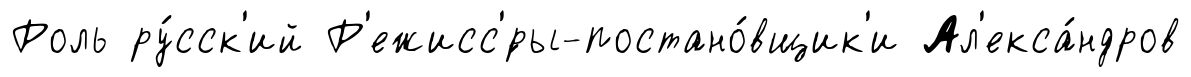
Роль ру́сск'ий Р'ежисс'́ры-постано́вщик'и Ал'екса́ндров